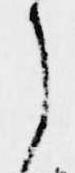
に